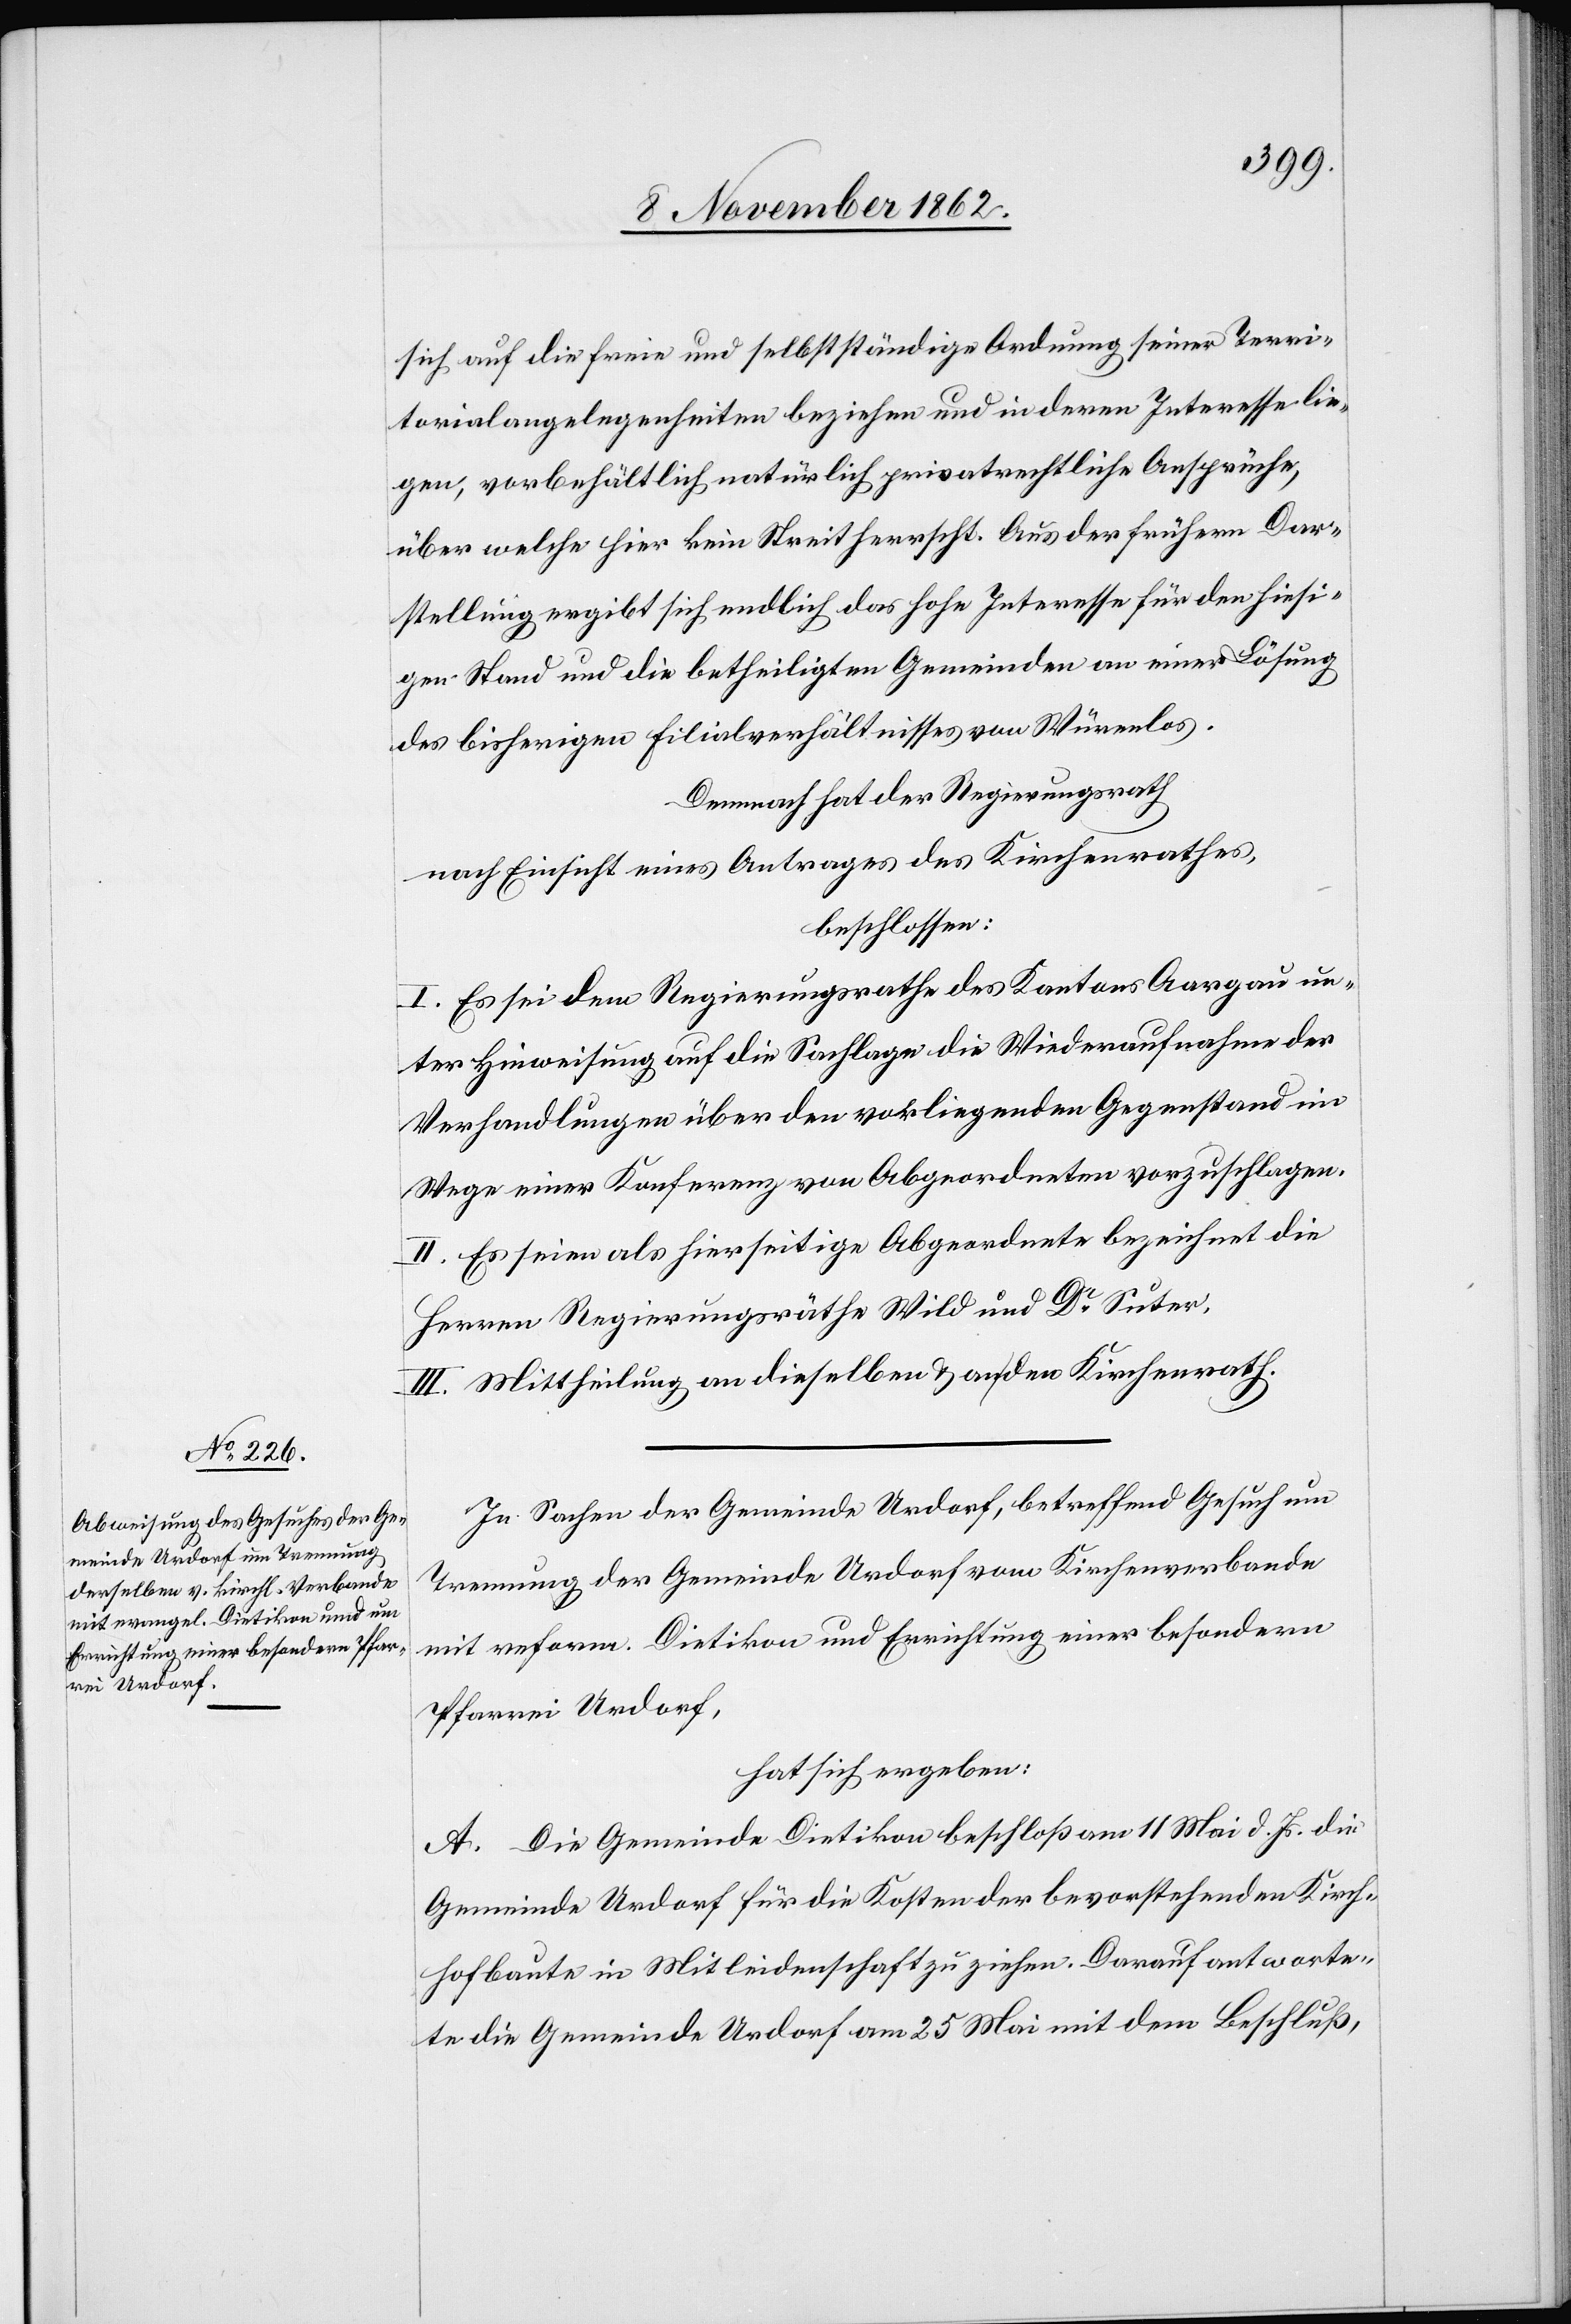
sich auf die freie und selbstständige Ordnung seiner Terri¬
torialangelegenheiten beziehen und in deren Interesse lie¬
gen, vorbehältlich natürlich privatrechtliche Ansprüche,
über welche hier kein Streit herrscht. Aus der frühern Dar¬
stellung ergibt sich endlich das hohe Interesse für den hiesi¬
gen Stand und die betheiligten Gemeinden an einer Lösung
des bisherigen Filialverhältnisses von Würenlos.
Demnach hat der Regierungsrath
nach Einsicht eines Antrages des Kirchenrathes,
beschlossen:
I. Es sei dem Regierungsrathe des Kantons Aargau un¬
ter Hinweisung auf die Sachlage die Wiederaufnahme der
Verhandlungen über den vorliegenden Gegenstand im
Wege einer Konferenz von Abgeordneten vorzuschlagen.
II. Es seien als hierseitige Abgeordnete bezeichnet die
Herren Regierungsräthe Wild und Dr Suter.
III. Mittheilung an dieselben u. an den Kirchenrath.
In Sachen der Gemeinde Urdorf, betreffend Gesuch um
Trennung der Gemeinde Urdorf vom Kirchenverbande
mit reform. Dietikon und Errichtung einer besondern
Pfarrei Urdorf,
hat sich ergeben:
A. Die Gemeinde Dietikon beschloß am 11. Mai d. Js. die
Gemeinde Urdorf für die Kosten der bevorstehenden Kirch¬
hofbaute in Mietleidenschaft zu ziehen. Darauf antworte¬
te die Gemeinde Urdorf am 25. Mai mit dem Beschluß,